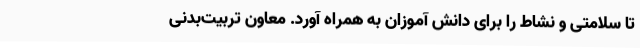
تا سلامتی و نشاط را برای دانش آموزان به همراه آورد. معاون تربیت‌بدنی